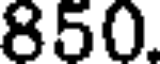
850.